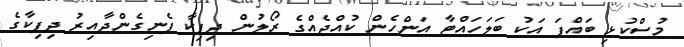
މުސްކުޅި ބައްޕަ އަކު ބަލަހައްޓާ އަންހެން ކުއްޖެއްގެ ރޯލުން ދިޕިކާ ފެނިގެންދާއިރު ދިޕިކާގެ